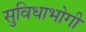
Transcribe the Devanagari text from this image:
सुविधाभोगी